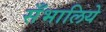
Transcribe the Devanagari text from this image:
सँभालिये